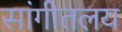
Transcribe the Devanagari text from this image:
सांगीतलय